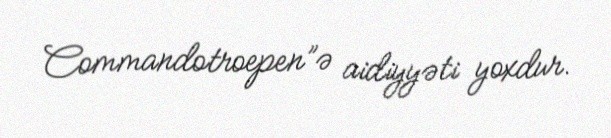
Commandotroepen”ə aidiyyəti yoxdur.